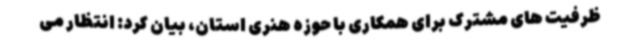
ظرفیت های مشترک برای همکاری با حوزه هنری استان، بیان کرد: انتظار می